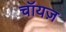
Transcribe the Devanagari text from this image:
चॉयज़